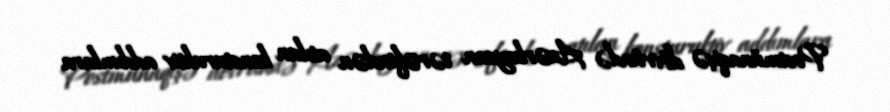
Postmünaqişə dövründə Azərbaycan tərəfindən atılan konsturuktiv addımlara